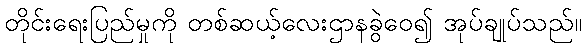
တိုင်းရေးပြည်မှုကို တစ်ဆယ့်လေးဌာနခွဲဝေ၍ အုပ်ချုပ်သည်။